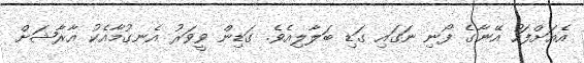
އެއަށްފަހު އޭނާގެ ފޯނި ނަގައި ގަޑި ބަލާލިއެވެ. ގަޑިން ވީވަރު އެނގުމާއެކު އާރާޝަށް